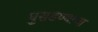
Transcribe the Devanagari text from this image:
घुसडण्याचा